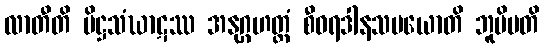
လာတီတိ ပိဋ္ဌသံဃာဋဿ အနုဂ္ဂဟတ္ထံ စီဝရဒါနသမယောတိ ဘူမိပတိ